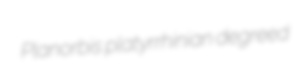
Planorbis platyrrhinian degreed